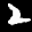
Label: 2